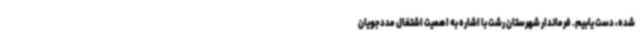
شده، دست یابیم. فرماندار شهرستان رشت با اشاره به اهمیت اشتغال مددجویان